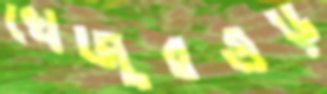
খেজুরগুড়